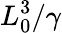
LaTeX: L_{0}^{3}/\gamma